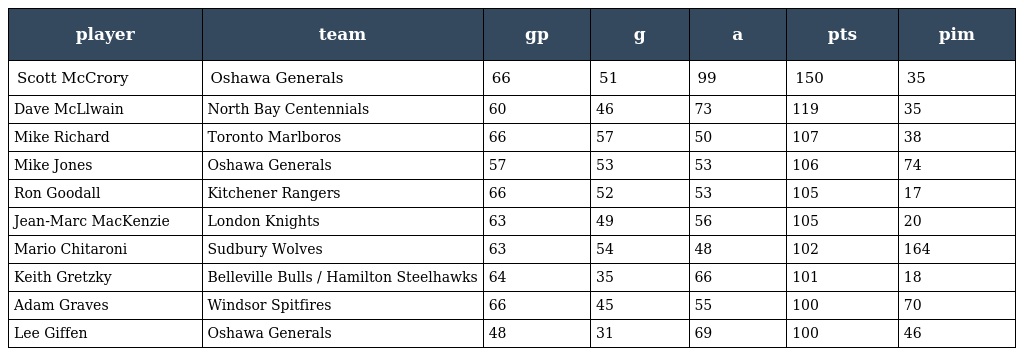
| player | team | gp | g | a | pts | pim |
 | --- | --- | --- | --- | --- | --- | --- |
 | Scott McCrory | Oshawa Generals | 66 | 51 | 99 | 150 | 35 |
 | Dave McLlwain | North Bay Centennials | 60 | 46 | 73 | 119 | 35 |
 | Mike Richard | Toronto Marlboros | 66 | 57 | 50 | 107 | 38 |
 | Mike Jones | Oshawa Generals | 57 | 53 | 53 | 106 | 74 |
 | Ron Goodall | Kitchener Rangers | 66 | 52 | 53 | 105 | 17 |
 | Jean-Marc MacKenzie | London Knights | 63 | 49 | 56 | 105 | 20 |
 | Mario Chitaroni | Sudbury Wolves | 63 | 54 | 48 | 102 | 164 |
 | Keith Gretzky | Belleville Bulls / Hamilton Steelhawks | 64 | 35 | 66 | 101 | 18 |
 | Adam Graves | Windsor Spitfires | 66 | 45 | 55 | 100 | 70 |
 | Lee Giffen | Oshawa Generals | 48 | 31 | 69 | 100 | 46 |